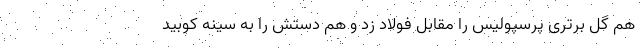
هم گل برتری پرسپولیس را مقابل فولاد زد و هم دستش را به سینه کوبید